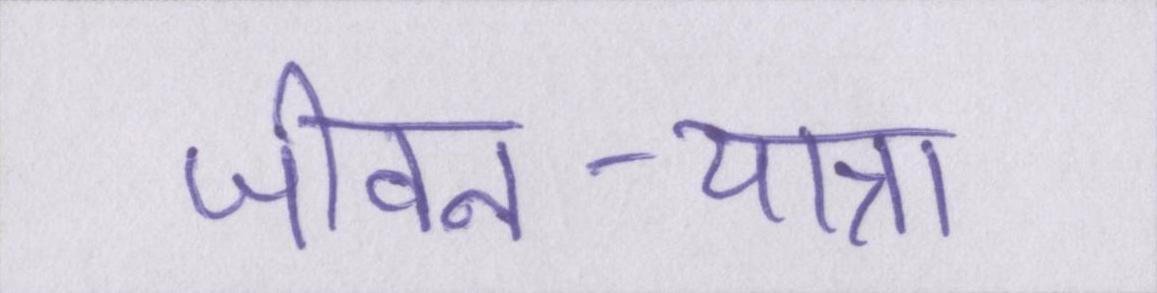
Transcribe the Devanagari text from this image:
जीवन-यात्रा